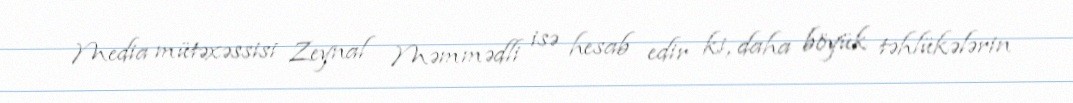
Media mütəxəssisi Zeynal Məmmədli isə hesab edir ki, daha böyük təhlükələrin